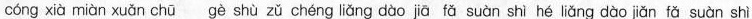
cóng xià miàn xuǎn chū gè shù zǔ chéng liǎng dào jā fǎ suàn shì hé liǎng dào jiǎn fǎ suàn shì